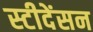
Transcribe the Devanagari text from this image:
स्टीदेंसन